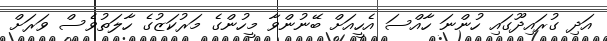
އަދި ގުރައިދޫގައި ހުންނަ ހާއްސަ އެހީއަށް ބޭނުންވާ މީހުންގެ މަރުކަޒުގެ ހާލަތުވެސް ވަރަށް